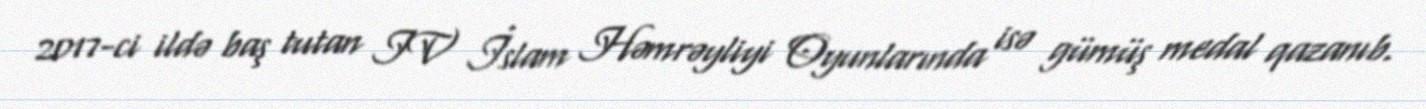
2017-ci ildə baş tutan IV İslam Həmrəyliyi Oyunlarında isə gümüş medal qazanıb.